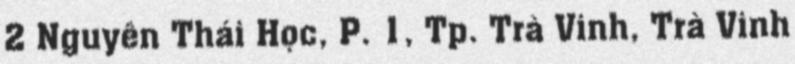
2 Nguyễn Thái Học, P. 1, Tp. Trà Vinh, Trà Vinh